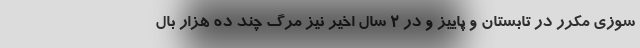
سوزی مکرر در تابستان و پاییز و در ۲ سال اخیر نیز مرگ چند ده هزار بال